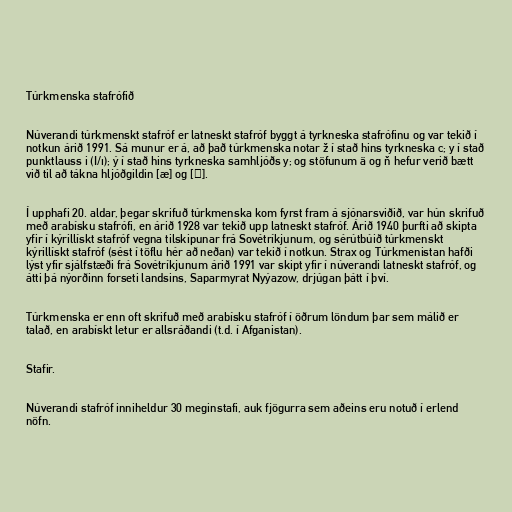
Túrkmenska stafrófið

Núverandi túrkmenskt stafróf er latneskt stafróf byggt á tyrkneska stafrófinu og var tekið í
notkun árið 1991. Sá munur er á, að það túrkmenska notar ž í stað hins tyrkneska c; y í stað
punktlauss i (I/ı); ý í stað hins tyrkneska samhljóðs y; og stöfunum ä og ň hefur verið bætt
við til að tákna hljóðgildin [æ] og [ŋ].

Í upphafi 20. aldar, þegar skrifuð túrkmenska kom fyrst fram á sjónarsviðið, var hún skrifuð
með arabísku stafrófi, en árið 1928 var tekið upp latneskt stafróf. Árið 1940 þurfti að skipta
yfir í kýrillískt stafróf vegna tilskipunar frá Sovétríkjunum, og sérútbúið túrkmenskt
kýrillískt stafróf (sést í töflu hér að neðan) var tekið í notkun. Strax og Túrkmenistan hafði
lýst yfir sjálfstæði frá Sovétríkjunum árið 1991 var skipt yfir í núverandi latneskt stafróf, og
átti þá nýorðinn forseti landsins, Saparmyrat Nyýazow, drjúgan þátt í því.

Túrkmenska er enn oft skrifuð með arabísku stafróf í öðrum löndum þar sem málið er
talað, en arabískt letur er allsráðandi (t.d. í Afganistan).

Stafir.

Núverandi stafróf inniheldur 30 meginstafi, auk fjögurra sem aðeins eru notuð í erlend
nöfn.